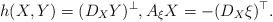
LaTeX: \begin{align*} h(X,Y) = (D_X Y)^\bot,A_{\xi} X = -(D_X \xi)^\top.\end{align*}